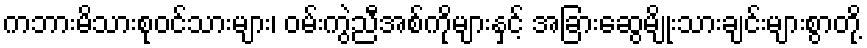
ကဘားမိသားစုဝင်သားများ၊ ဝမ်းကွဲညီအစ်ကိုများနှင့် အခြားဆွေမျိုးသားချင်းများစွာတို့